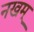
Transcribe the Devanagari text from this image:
नखम्